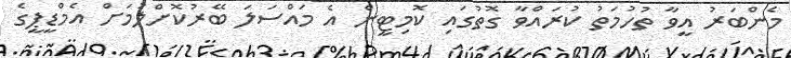
މެންބަރު އީވާ ތުހުމަތު ކުރައްވާ ގޮތުގައި ކޮމިޓީން އެ މައްސަލަ ބޭރުކޮށްލުމަށް އެމްޑީޕީގެ